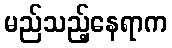
မည်သည့်နေရာက